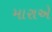
મારાએ